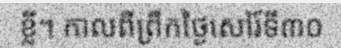
ខ្លី។ កាលពីព្រឹកថ្ងៃសៅរ៍ទី៣០